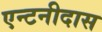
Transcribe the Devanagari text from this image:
एन्टनीदास